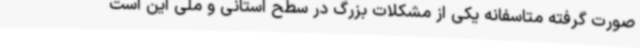
صورت گرفته متاسفانه یکی از مشکلات بزرگ در سطح استانی و ملی این است